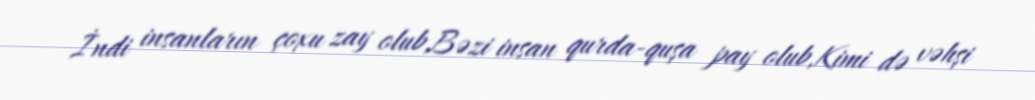
İndi insanların çoxu zay olub,Bəzi insan qurda-quşa pay olub,Kimi də vəhşi